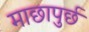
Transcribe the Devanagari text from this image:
माछापुर्छ